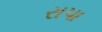
રાપા